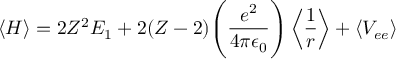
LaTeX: \langle H \rangle = 2 Z ^ { 2 } E _ { 1 } + 2 ( Z - 2 ) { \Bigg ( } { \frac { e ^ { 2 } } { 4 \pi \epsilon _ { 0 } } } { \Bigg ) } \left\langle { \frac { 1 } { r } } \right\rangle + \left\langle V _ { e e } \right\rangle